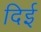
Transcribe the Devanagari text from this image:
दिई